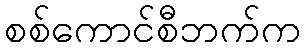
စစ်ကောင်စီဘက်က